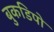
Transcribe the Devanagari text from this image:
बुकडिपो